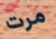
مرت